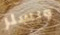
ويسلر